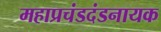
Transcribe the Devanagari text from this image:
महाप्रचंडदंडनायक